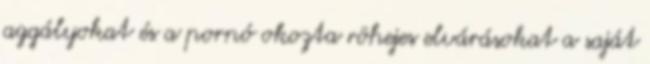
aggályokat és a pornó okozta röhejes elvárásokat a saját